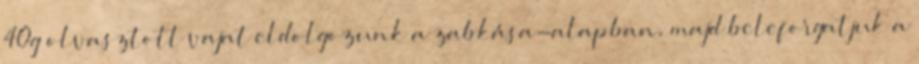
40g olvasztott vajat eldolgozunk a zabkása-alapban, majd beleforgatjuk a